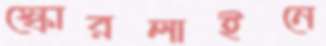
স্কোরলাইনে